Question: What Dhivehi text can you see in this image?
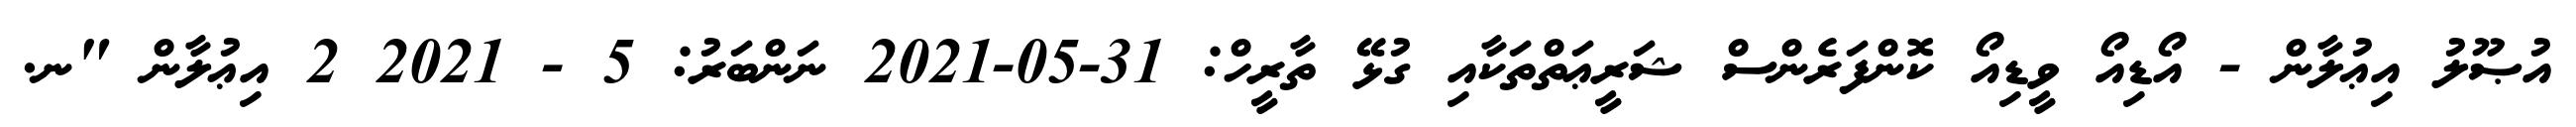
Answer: އުޞޫލު އިޢުލާން - އޯޑިއޯ ވީޑިއޯ ކޮންފަރެންސް ޝަރީޢަތްތަކާއި ގުޅޭ ތާރީހް: 31-05-2021 ނަންބަރު: 5 - 2021 2 އިޢުލާން "ނ.